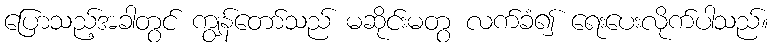
ပြောသည့်အခါတွင် ကျွန်တော်သည် မဆိုင်းမတွ လက်ခံ၍ ရေးပေးလိုက်ပါသည်။